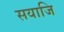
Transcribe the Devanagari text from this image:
सयाजि